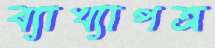
ব্যাখ্যাপত্র